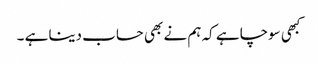
کبھی سوچا ہے کہ ہم نے بھی حساب دینا ہے ۔